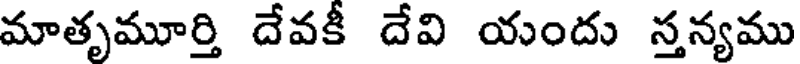
మాతృమూర్తి దేవకీ దేవి యందు స్తన్యము